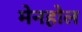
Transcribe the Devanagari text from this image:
मेनहोल